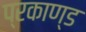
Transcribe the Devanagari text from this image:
प्रकाण्‍ड